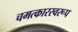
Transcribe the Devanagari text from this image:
चमत्‍कारस्‍वरूप